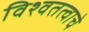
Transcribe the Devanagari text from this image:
विश्वतत्वाचे